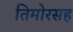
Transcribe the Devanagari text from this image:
तिमोरसह